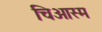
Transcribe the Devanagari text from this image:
चिआस्म